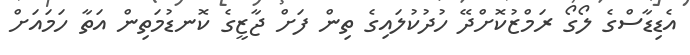
އެޑިޑާސްގެ ލޯގޯ ރަމްޒުކޮށްދޭ ހުދުކުލައިގެ ތިން ފަށް ޖާޒީގެ ކޮނޑުމަތިން އަތާ ހަމައަށް